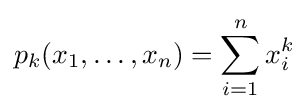
p_{k}(x_{1},\ldots ,x_{n})=\sum _{i=1}^{n}x_{i}^{k}